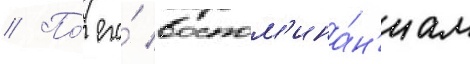
// По́ его́ воспом'ина́н'иам